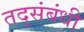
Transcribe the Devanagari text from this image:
तद्संबंधी